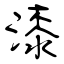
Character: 漆